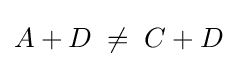
A+D\;\neq \;C+D